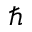
\hbar